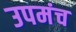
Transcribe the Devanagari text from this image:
उपमंच